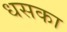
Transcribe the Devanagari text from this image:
धसका